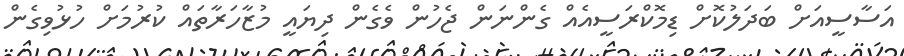
އަސާސީއަށް ބަދަލުކޮށް ޑިމޮކްރަސީއެއް ގެންނަން ޖެހުން ވެގެން ދިޔައީ މުޒާހަރާތައް ކުރުމަށް ހުޅުވިގެން